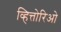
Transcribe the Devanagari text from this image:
व्हित्तोरिओ